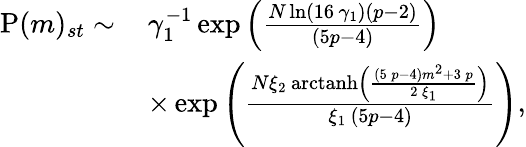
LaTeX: \begin{array}{rl}{\mathrm{P}(m)_{st}\sim\, }&{\gamma_{1}^{-1}\exp\left({\frac{N\ln\left(16\, \gamma_{1}\right)\left(p-2\right)}{\left(5p-4\right)}}\right)}\\ &{\times\exp\left({\frac{N\xi_{2}\, \mathrm{arctanh}\left(\frac{\left(5\, p-4\right)m^{2}+3\, p}{2\, \xi_{1}}\right)}{\xi_{1}\, \left(5p-4\right)}}\right),}\end{array}